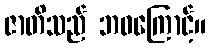
ဇာတိသည် ဘဝကြောင့်။